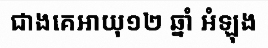
ជាងគេអាយុ១២ ឆ្នាំ អំឡុង